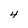
Character: 4